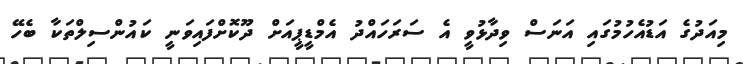
މިއަދުގެ އަޑުއެހުމުގައި އަނަސް ވިދާޅުވީ އެ ސަރަހައްދު އެމްޑީޕީއަށް ދޫކޮށްފައިވަނީ ކައުންސިލްތަކާ ބެހޭ